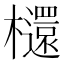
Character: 𣟳